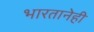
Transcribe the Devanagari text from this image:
भारतानेही